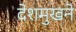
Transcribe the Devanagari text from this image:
देशमुखने